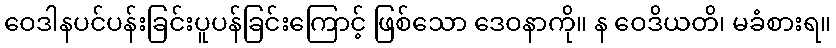
ဝေဒါနပင်ပန်းခြင်းပူပန်ခြင်းကြောင့် ဖြစ်သော ဒေဝနာကို။ န ဝေဒိယတိ၊ မခံစားရ။